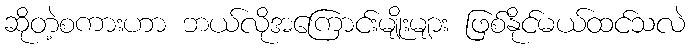
ဆိုတဲ့စကားဟာ ဘယ်လိုအကြောင်းမျိုးများ ဖြစ်နိုင်မယ်ထင်သလဲ